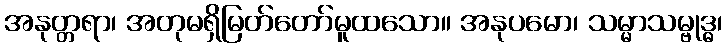
အနုတ္တရာ၊ အတုမရှိမြတ်တော်မူထသော။ အနုပမော၊ သမ္မာသမ္ဗုဒ္ဓ၊